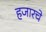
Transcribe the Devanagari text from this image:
हजारचे